Annual report of the Imperial Bacteriological Laboratory, Muktesar
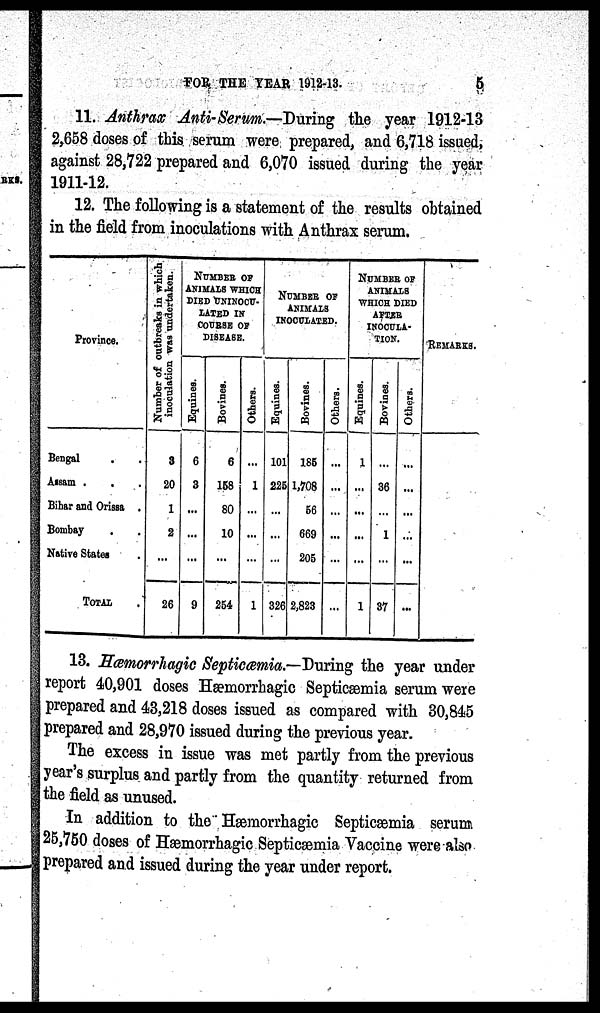
FOR THE YEAR 1912-13.
5
11. Anthrax Anti-Serum.—During the year 1912-13
2,658 doses of this serum were prepared, and 6,718 issued.
against 28,722 prepared and 6,070 issued during the year
1911-12.
12. The following is a statement of the results obtained
in the field from inoculations with Anthrax serum.
Province.
Bengal
. .
Assam . . .
Bihar and Orissa .
Bombay . .
Native States.
TOTAL
Number of outbreaks in which
inoculation was undertaken.
3
20
1
2
...
26
NUMBER OF
ANIMALS WHICH
DIED UNINOCU¬
LATED IN
COURSE OF
DISEASE.
Equines.
....
6
3
...
...
...
9
Bovines.
6
158
80
10
...
254
Others.
...
1
...
...
...
1
NUMBER OF
ANIMALS
INOCULATED.
Equines.
101
225
...
...
...
326
Bovines.
185
1,708
56
669
205
2,823
Others.
...
...
...
...
...
...
NUMBER OF
ANIMALS
WHICH DIED
AFTER
INOCULA-
TION.
Equines.
1
...
...
...
...
1
Bovines.
...
36
...
1
...
37
Others.
...
...
...
...
...
...
REMARKS.
13. Hæmorrhagic Septicæmia.—During the year under
report 40,901 doses Hæmorrhagic Septicæmia serum were
prepared and 43,218 doses issued as compared with 30,845
prepared and 28,970 issued during the previous year.
The excess in issue was met partly from the previous
year's surplus and partly from the quantity returned from
the field as unused.
In addition to the Hæmorrhagic Septicæmia serum
25,750 doses of Hæmorrhagic Septicæmia Vaccine were also
prepared and issued during the year under report.